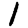
Digit: 1